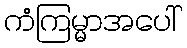
ကံကြမ္မာအပေါ်